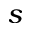
s